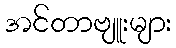
အင်တာဗျူးများ